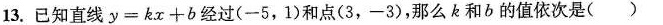
13.已知直线$$y = k x + b$$经过(一5，1)和点(3，-3)，那么k和b的值依次是( )